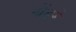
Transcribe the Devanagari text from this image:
चेंढरे